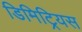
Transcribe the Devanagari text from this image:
डिमिट्रियस